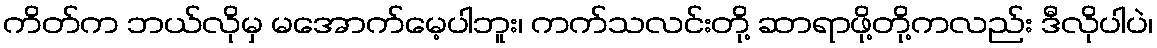
ကိတ်က ဘယ်လိုမှ မအောက်မေ့ပါဘူး၊ ကက်သလင်းတို့ ဆာရာဖို့တို့ကလည်း ဒီလိုပါပဲ၊